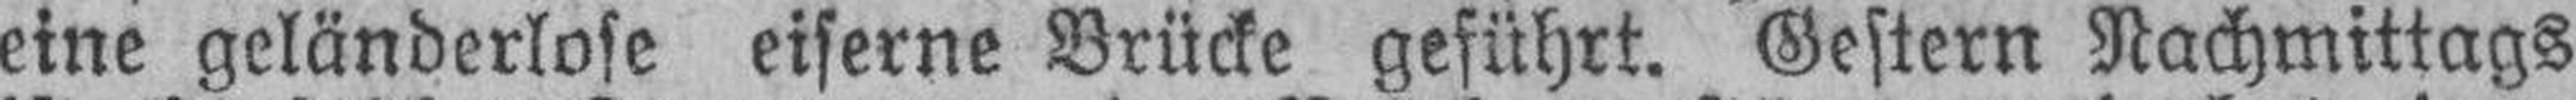
eine geländerlose eiserne Brücke geführt. Gestern Nachmittags